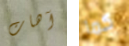
آهات كما